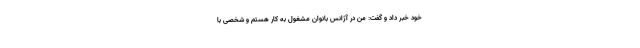
خود خبر داد و گفت: من در آژانس بانوان مشغول به کار هستم و شخصی با